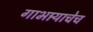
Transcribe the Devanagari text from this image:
गाभार्‍याचेच